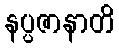
နပ္ပဇာနာတိ